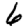
Digit: 6